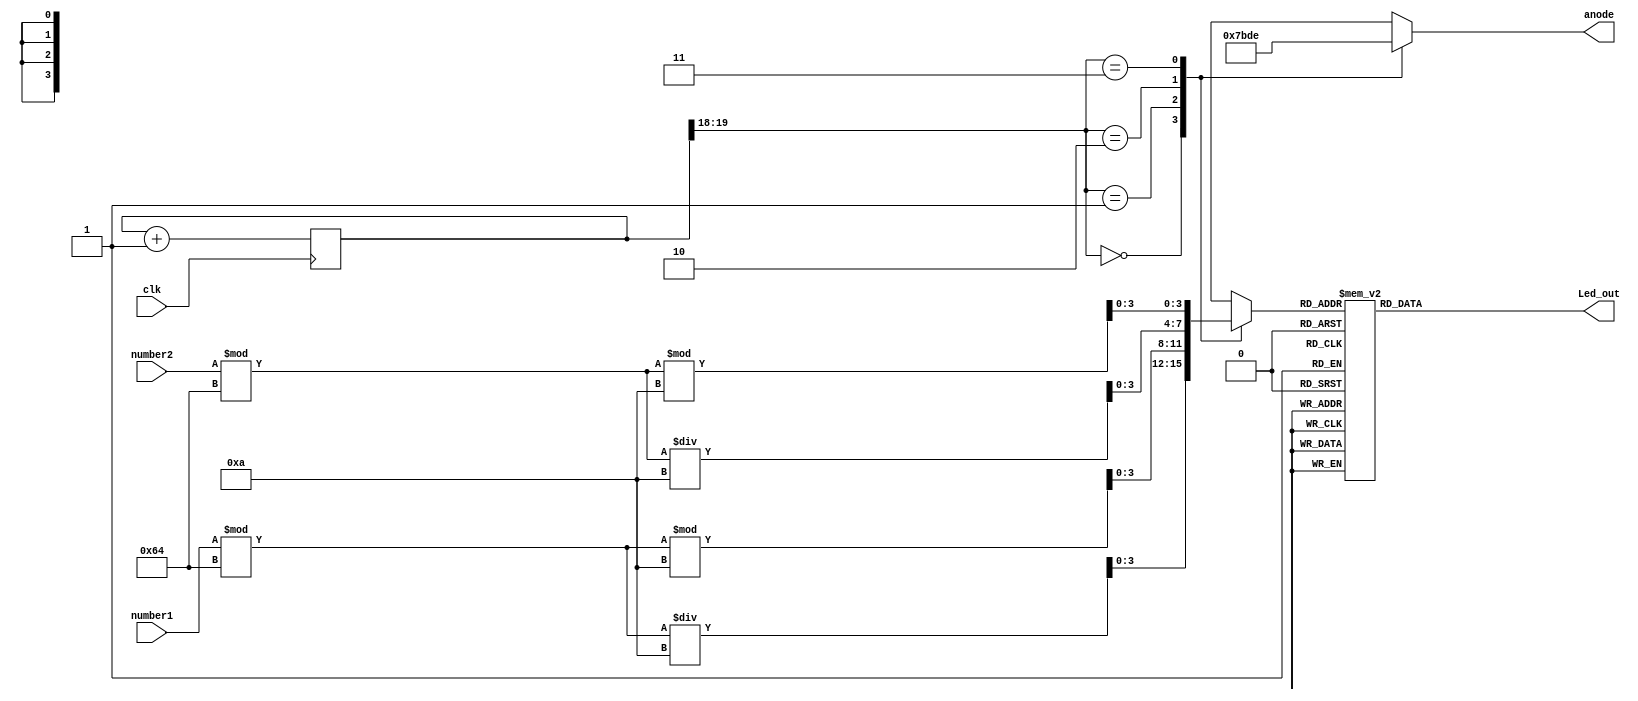
`timescale 1ns / 1ps
//////////////////////////////////////////////////////////////////////////////////
// Company: 
// Engineer: 
// 
// Design Name: 
// Module Name: sevenseg
// Project Name: 
// Target Devices: 
// Tool Versions: 
// Description: 
// 
// Dependencies: 
// 
// Revision:
// Revision 0.01 - File Created
// Additional Comments:
// 
//////////////////////////////////////////////////////////////////////////////////


module sevenseg2ble(
    input [6:0] number1,
    input [6:0] number2,
    input clk,
    output reg [3:0] anode,
    output reg [6:0] Led_out
    );
    
    reg [3:0] LED_BCD;
    reg [19:0] refresh_counter; // 20-bit for creating 10.5ms refresh period or 380Hz refresh rate
             // the first 2 MSB bits for creating 4 LED-activating signals with 2.6ms digit period
    wire [1:0] LED_activating_counter; 

    // count     0    ->  1  ->  2  ->  3
    // activates    LED1    LED2   LED3   LED4
    // and repeat
    always @(posedge clk)
        begin 
        refresh_counter <= refresh_counter + 1;
        end 
    assign LED_activating_counter = refresh_counter[19:18];
        // anode activating signals for 4 LEDs, digit period of 2.6ms
        // decoder to generate anode signals 
    always @(*)
        begin
            case(LED_activating_counter)
            2'b00: begin
                anode = 4'b0111; 
                // activate LED1 and Deactivate LED2, LED3, LED4
                LED_BCD = (number1%100)/10;
                // the first digit of the 16-bit number
                  end
            2'b01: begin
                anode= 4'b1011; 
                // activate LED2 and Deactivate LED1, LED3, LED4
                LED_BCD = (number1%100)%10;
                // the second digit of the 16-bit number
                  end
            2'b10: begin
                anode= 4'b1101; 
                // activate LED3 and Deactivate LED2, LED1, LED4
                LED_BCD = (number2%100)/10;
                // the third digit of the 16-bit number
                    end
            2'b11: begin
                anode = 4'b1110; 
                // activate LED4 and Deactivate LED2, LED3, LED1
                LED_BCD = (number2%100)%10;
                // the fourth digit of the 16-bit number    
                   end
            endcase
        end
        // Cathode patterns of the 7-segment LED display 
        always @(*)
        begin
            case(LED_BCD)
            4'b0000: Led_out = 7'b1001111; // "0"     
            4'b0001: Led_out = 7'b1001111; // "1" 
            4'b0010: Led_out = 7'b0010010; // "2" 
            4'b0011: Led_out = 7'b0000110; // "3" 
            4'b0100: Led_out = 7'b1001100; // "4" 
            4'b0101: Led_out = 7'b0100100; // "5" 
            4'b0110: Led_out = 7'b0100000; // "6" 
            4'b0111: Led_out = 7'b0001111; // "7" 
            4'b1000: Led_out = 7'b0000000; // "8"     
            4'b1001: Led_out = 7'b0000100; // "9" 
            default: Led_out = 7'b0000001; // "0"
            endcase
        end
endmodule